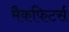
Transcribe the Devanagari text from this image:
मैकफिटर्स